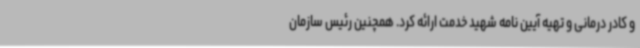
و کادر درمانی و تهیه آیین نامه شهید خدمت ارائه کرد. همچنین رئیس سازمان